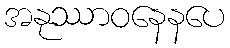
အနုဿာဝနေနပေ